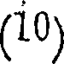
(10)